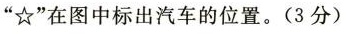
“☆”在图中标出汽车的位置。（3分）